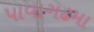
પાવાગઢમા